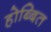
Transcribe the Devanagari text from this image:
होब्बित